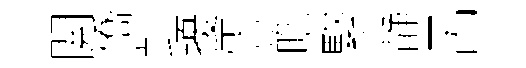
閲僑彭擾霅皓緊静呂